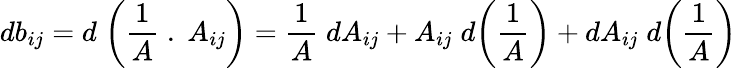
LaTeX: db_{ij}=d\; \bigg(\frac{1}{A}\; .\; A_{ij}\bigg)=\frac{1}{A}\; dA_{ij}+A_{ij}\; d\bigg(\frac{1}{A}\bigg)+dA_{ij}\; d\bigg(\frac{1}{A}\bigg)